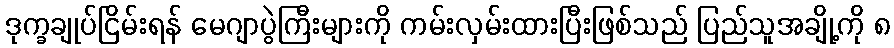
ဒုက္ခချုပ်ငြိမ်းရန် မေဂျာပွဲကြီးများကို ကမ်းလှမ်းထားပြီးဖြစ်သည် ပြည်သူအချို့ကို ၈